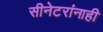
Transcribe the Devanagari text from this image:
सीनेटरांनाही